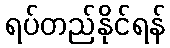
ရပ်တည်နိုင်ရန်